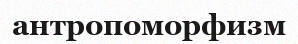
антропоморфизм